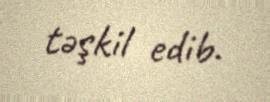
təşkil edib.